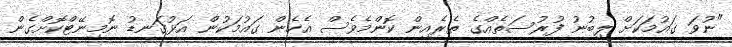
"ނުވަ ގައުމަކަށް ލިބުނު ފުރުސަތެއްގެ ތެރެއިން ކޮންމެވެސް އެހެން ގައުމަކުން އަޅުގަނޑު ނޮމިނޭޓްކޮށްގެން